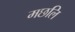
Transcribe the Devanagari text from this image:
मछलि